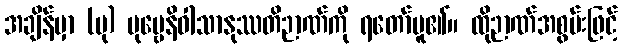
အချိန်မှာ (ပု) ပုဗ္ဗေနိဝါသာနုဿတိဉာဏ်ကို ရတော်မူ၏။ ထိုဉာဏ်အစွမ်းဖြင့်